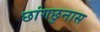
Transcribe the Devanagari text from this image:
छांगछुनास